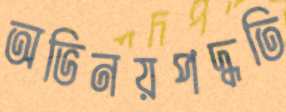
অভিনয়পদ্ধতি